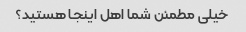
خیلی مطمئن شما اهل اینجا هستید؟